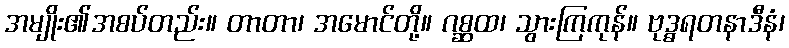
အမျိုး၏အစပ်တည်း။ တာတာ၊ အမောင်တို့။ ဂစ္ဆထ၊ သွားကြကုန်။ ဗုဒ္ဓရတနာဒီနံ၊